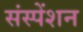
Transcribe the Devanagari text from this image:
संस्पेंशन